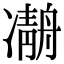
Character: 𠘒